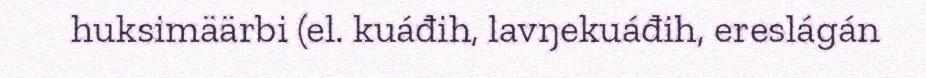
huksimäärbi (el. kuáđih, lavŋekuáđih, ereslágán